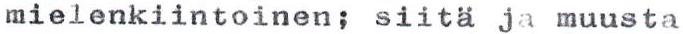
mielenkiintoinen; siitä ja muusta